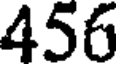
456